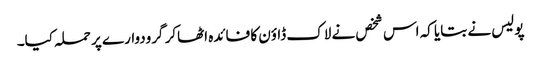
پولیس نے بتایا کہ اس شخص نے لاک ڈاؤن کا فائدہ اٹھاکر گرودوارے پر حملہ کیا۔